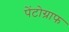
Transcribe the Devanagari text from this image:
पेंटोग्राफ